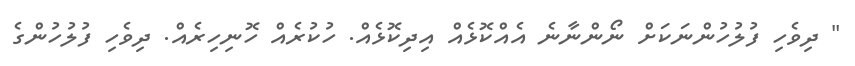
" ދިވެހި ފުލުހުންނަކަށް ނޯންނާނެ އެއްކޮޅެއް އިދިކޮޅެއް. ހުކުރެއް ހޮނިހިރެއް. ދިވެހި ފުލުހުންގެ